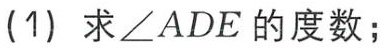
(1) 求\(\angle ADE\)的度数；